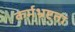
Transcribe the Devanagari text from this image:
कर्मभ्रष्टता